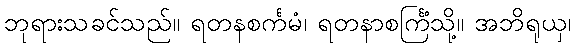
ဘုရားသခင်သည်။ ရတနစင်္ကမံ၊ ရတနာစင်္ကြံသို့။ အဘိရုယှ၊